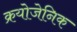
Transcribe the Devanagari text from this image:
क्रयोजेनिक